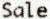
SALE